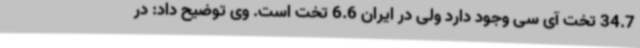
34.7 تخت آی سی وجود دارد ولی در ایران 6.6 تخت است. وی توضیح داد: در